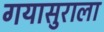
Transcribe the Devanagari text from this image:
गयासुराला